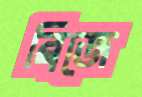
ব্রিজে